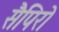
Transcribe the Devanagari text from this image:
सैपिरो